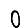
Digit: 0